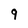
Character: 9